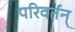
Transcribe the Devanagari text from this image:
परिवर्तन्